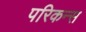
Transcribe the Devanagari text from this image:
परिकन्स